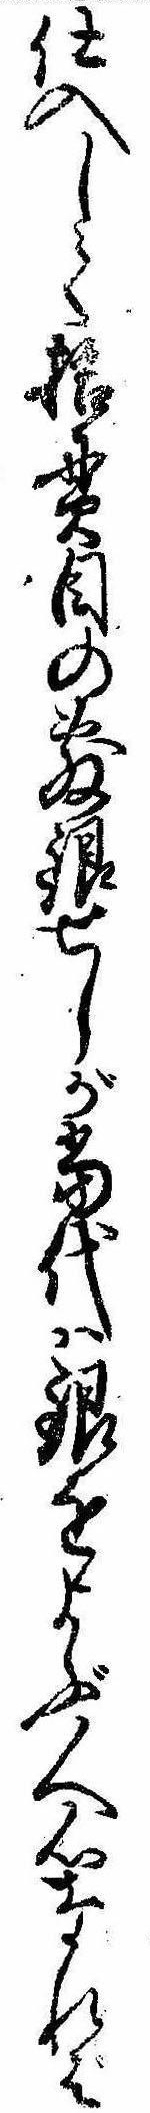
仕入して拾貫目の敷銀せしが当代は銀をよぶ人心なれば